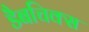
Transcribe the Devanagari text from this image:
डैबचिक्स